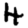
Digit: 4